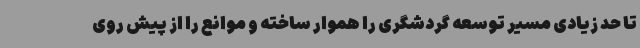
تا حد زیادی مسیر توسعه گردشگری را هموار ساخته و موانع را از پیش روی